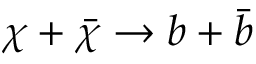
\chi + \bar { \chi } \to b + \bar { b }